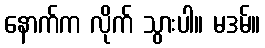
နောက်က လိုက် သွားပါ။ မဒမ်။